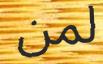
لمن